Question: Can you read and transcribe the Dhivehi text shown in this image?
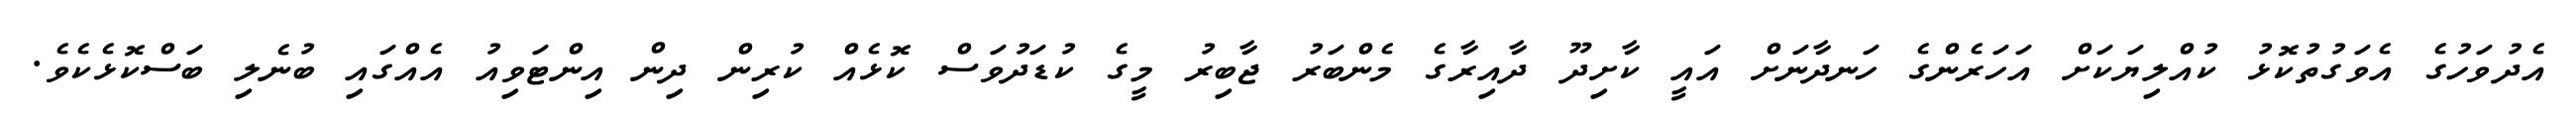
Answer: އެދުވަހުގެ އެވަގުތުކޮޅު ކުއްލިޔަކަށް އަހަރެންގެ ހަނދާނަށް އައީ ކާށިދޫ ދާއިރާގެ މެންބަރު ޖާބިރު މީގެ ކުޑަދުވަސް ކޮޅެއް ކުރިން ދިން އިންޓަވިއު އެއްގައި ބުނެލި ބަސްކޮޅެކެވެ.